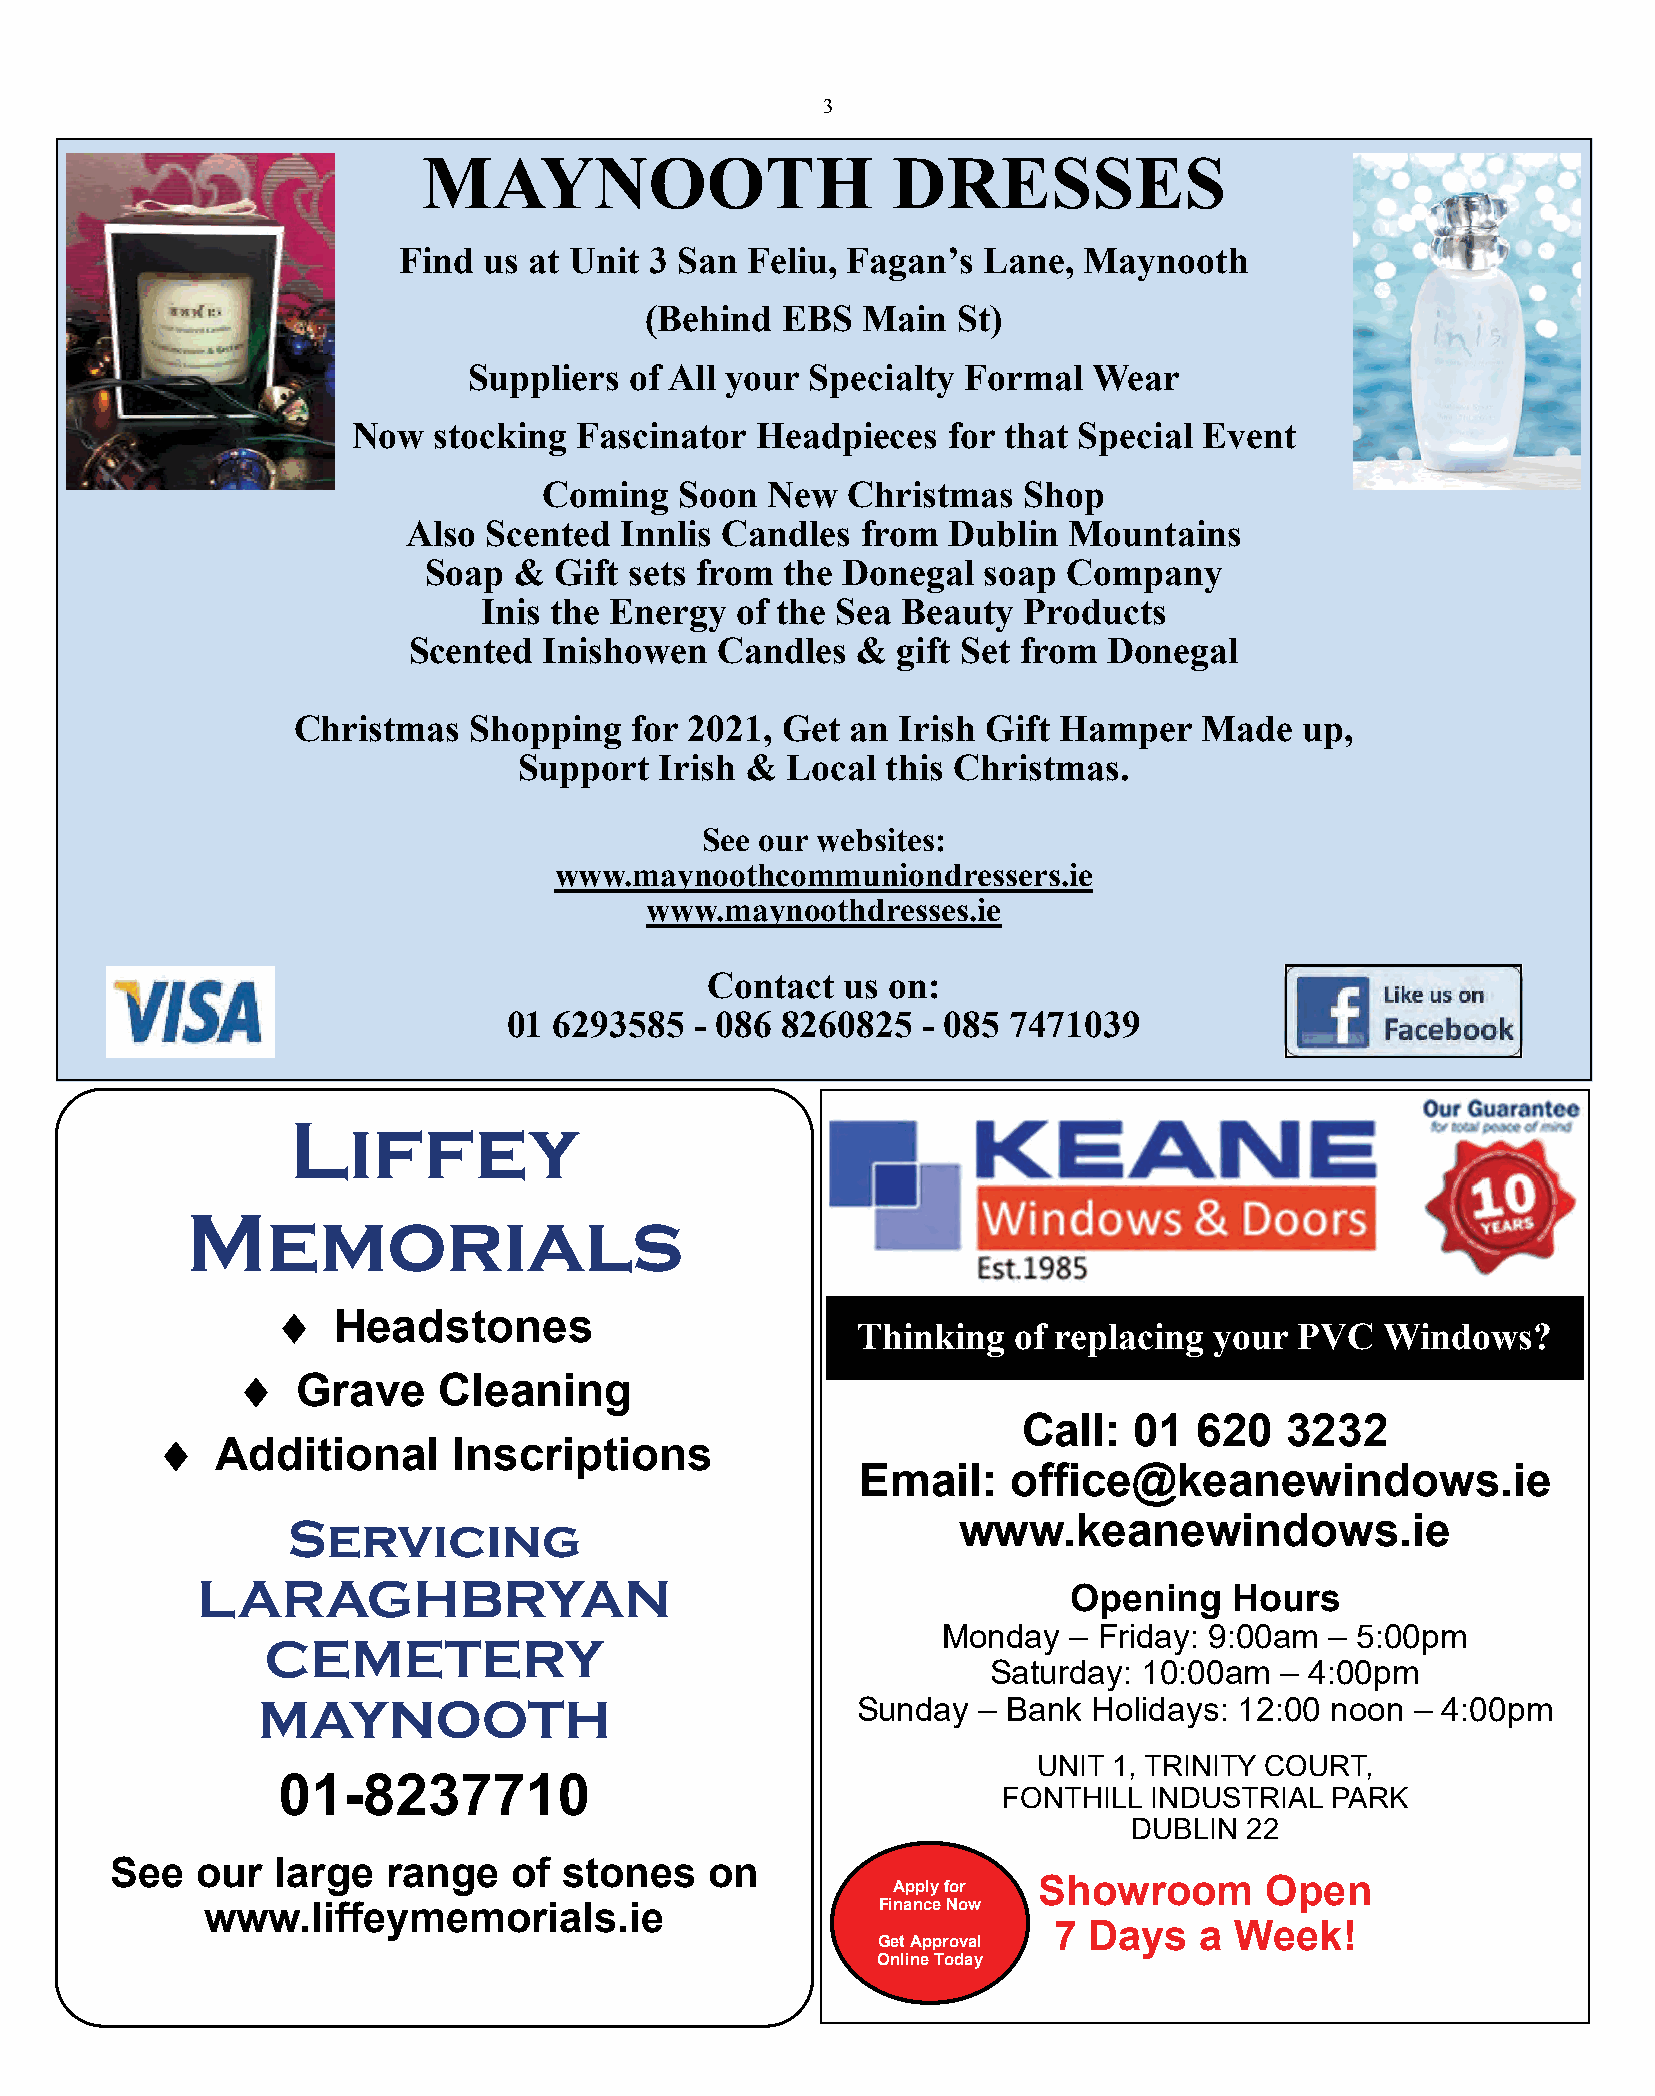
3
 MAYNOOTH                       DRESSES
 Find  us at Unit 3 San Feliu, Fagan’s  Lane,  Maynooth
 (Behind  EBS  Main  St)
 Suppliers  of All your Specialty Formal  Wear
 Now   stocking Fascinator  Headpieces   for that Special Event
 Coming   Soon  New  Christmas   Shop
 Also Scented  Innlis Candles  from  Dublin  Mountains
 Soap  &  Gift sets from the Donegal  soap  Company
 Inis the Energy  of the Sea Beauty  Products
 Scented  Inishowen  Candles   & gift Set from Donegal
 Christmas   Shopping   for 2021, Get an Irish Gift Hamper    Made  up,
 Support   Irish & Local  this Christmas.
 See our websites:
 www.maynoothcommuniondressers.ie
 www.maynoothdresses.ie
 Contact  us on:
 01 6293585  - 086 8260825  - 085 7471039
 Liffey
 Memorials
 ♦
 Headstones
 Thinking  of replacing your  PVC   Windows?
 ♦
 Grave    Cleaning
 Call:  01  620   3232
 ♦
 Additional      Inscriptions
 Email:    office@keanewindows.ie
 Servicing                                   www.keanewindows.ie
 LARAGHBRYAN                                               Opening    Hours
 Monday   – Friday: 9:00am – 5:00pm
 CEMETERY
 Saturday: 10:00am  – 4:00pm
 MAYNOOTH                                Sunday  – Bank Holidays: 12:00 noon  – 4:00pm
 UNIT 1, TRINITY COURT,
 01-8237710
 FONTHILL  INDUSTRIAL  PARK
 DUBLIN 22
 See   our  large   range   of stone   s on
 Showroom       Open
 Apply for
 www.liffeymemorials.ie                      Finance Now
 7 Days   a  Week!
 Get Approval
 Online Today